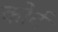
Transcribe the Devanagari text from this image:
कोर्द